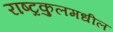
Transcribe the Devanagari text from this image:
राष्ट्रकुलमधील